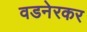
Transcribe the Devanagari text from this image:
वडनेरकर